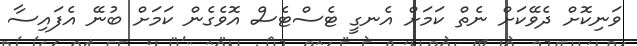
ވަނިކޮށް ދެވޭކަށް ނެތް ކަމަށް އެނގީ ޓެސްޓެސް އޮވެގެން ކަމަށް ބުނޭ އެފައިސާ